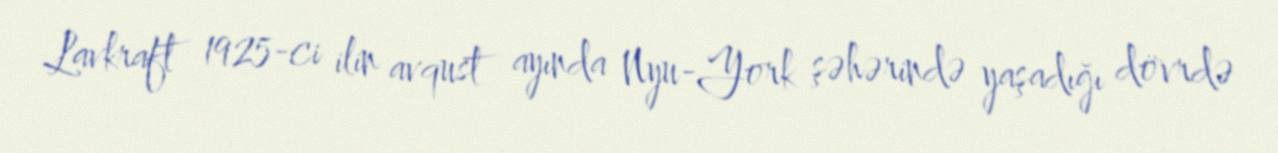
Lavkraft 1925-ci ilin avqust ayında Nyu-York şəhərində yaşadığı dövrdə